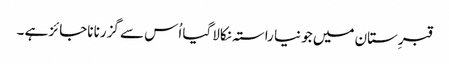
قبرِستان میں جو نیا راستہ نکالا گیا اُس سے گزرنا ناجائز ہے ۔